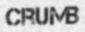
CRUMB